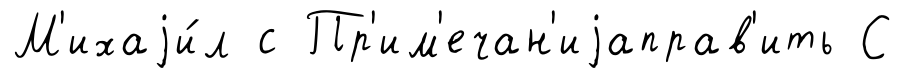
М'ихаjи́л с Пр'им'ечан'иjаправ'ить С